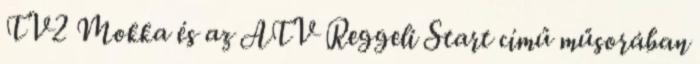
TV2 Mokka és az ATV Reggeli Start című műsorában